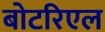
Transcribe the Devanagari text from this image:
बोटरिएल